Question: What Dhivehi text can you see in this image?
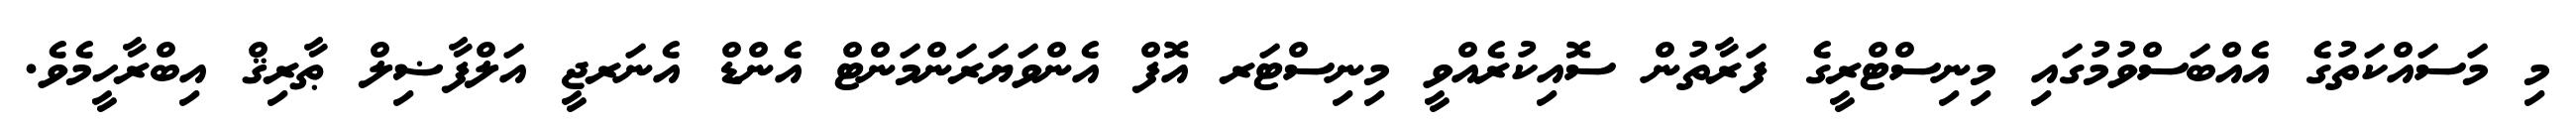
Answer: މި މަސައްކަތުގެ އެއްބަސްވުމުގައި މިނިސްޓްރީގެ ފަރާތުން ސޮއިކުރެއްވީ މިނިސްޓަރ އޮފް އެންވަޔަރަންމަންޓް އެންޑް އެނަރޖީ އަލްފާޟިލް ޠާރިޤް އިބްރާހީމެވެ.